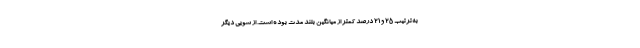
به‌ترتیب ۲۵ و ۲۱ درصد کمتر از میانگین بلند مدت بوده است. از سویی دیگر